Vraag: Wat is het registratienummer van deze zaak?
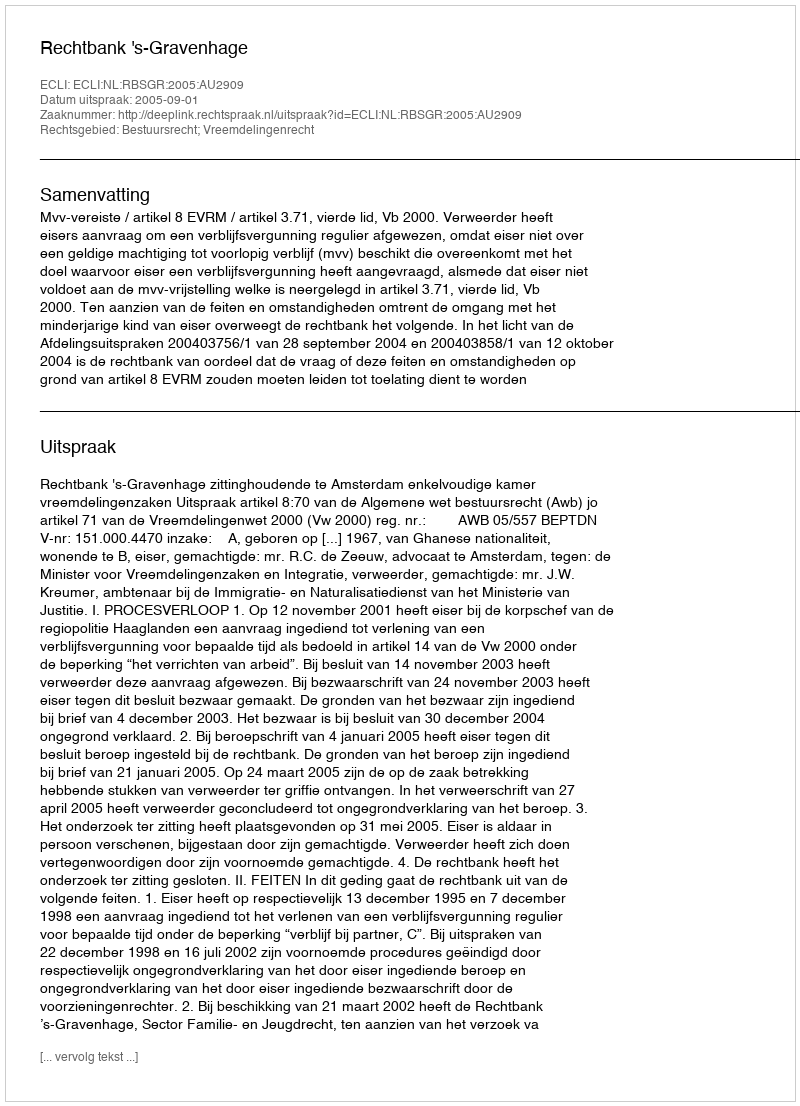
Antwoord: http://deeplink.rechtspraak.nl/uitspraak?id=ECLI:NL:RBSGR:2005:AU2909